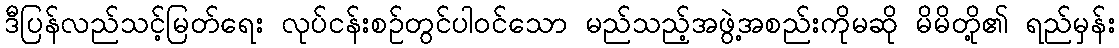
ဒီပြန်လည်သင့်မြတ်ရေး လုပ်ငန်းစဉ်တွင်ပါဝင်သော မည်သည့်အဖွဲ့အစည်းကိုမဆို မိမိတို့၏ ရည်မှန်း